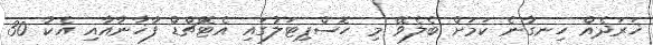
ޚަރަދެއް ހިނގާނެ ކަމަށް ބެލެވޭ މި ހޮސްޕިޓަލުގައި އެޓޭޗްޑް ފާޚާނާއާއި އެކު 30